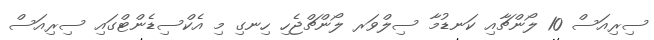
ސިރިއަސް 10 ލޯންޗާއި ކަނޑުމާ ސިލްވަރ ލޯންޗްޖެހި ހިނގި މި އެކްސިޑެންޓްގައި ސިރިއަސް